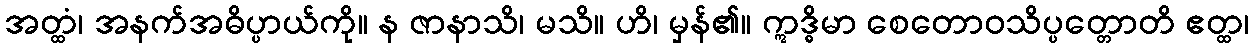
အတ္ထံ၊ အနက်အဓိပ္ပာယ်ကို။ န ဇာနာသိ၊ မသိ။ ဟိ၊ မှန်၏။ ဣဒ္ဓိမာ စေတောဝသိပ္ပတ္တောတိ ဧတ္ထ၊